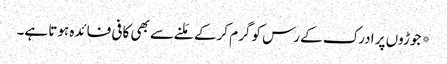
*جوڑوں پر ادرک کے رس کو گرم کرکے مَلنے سے بھی کافی فائدہ ہوتا ہے۔